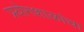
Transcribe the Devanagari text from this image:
प्रयोगशाळांचा